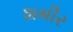
શમીર